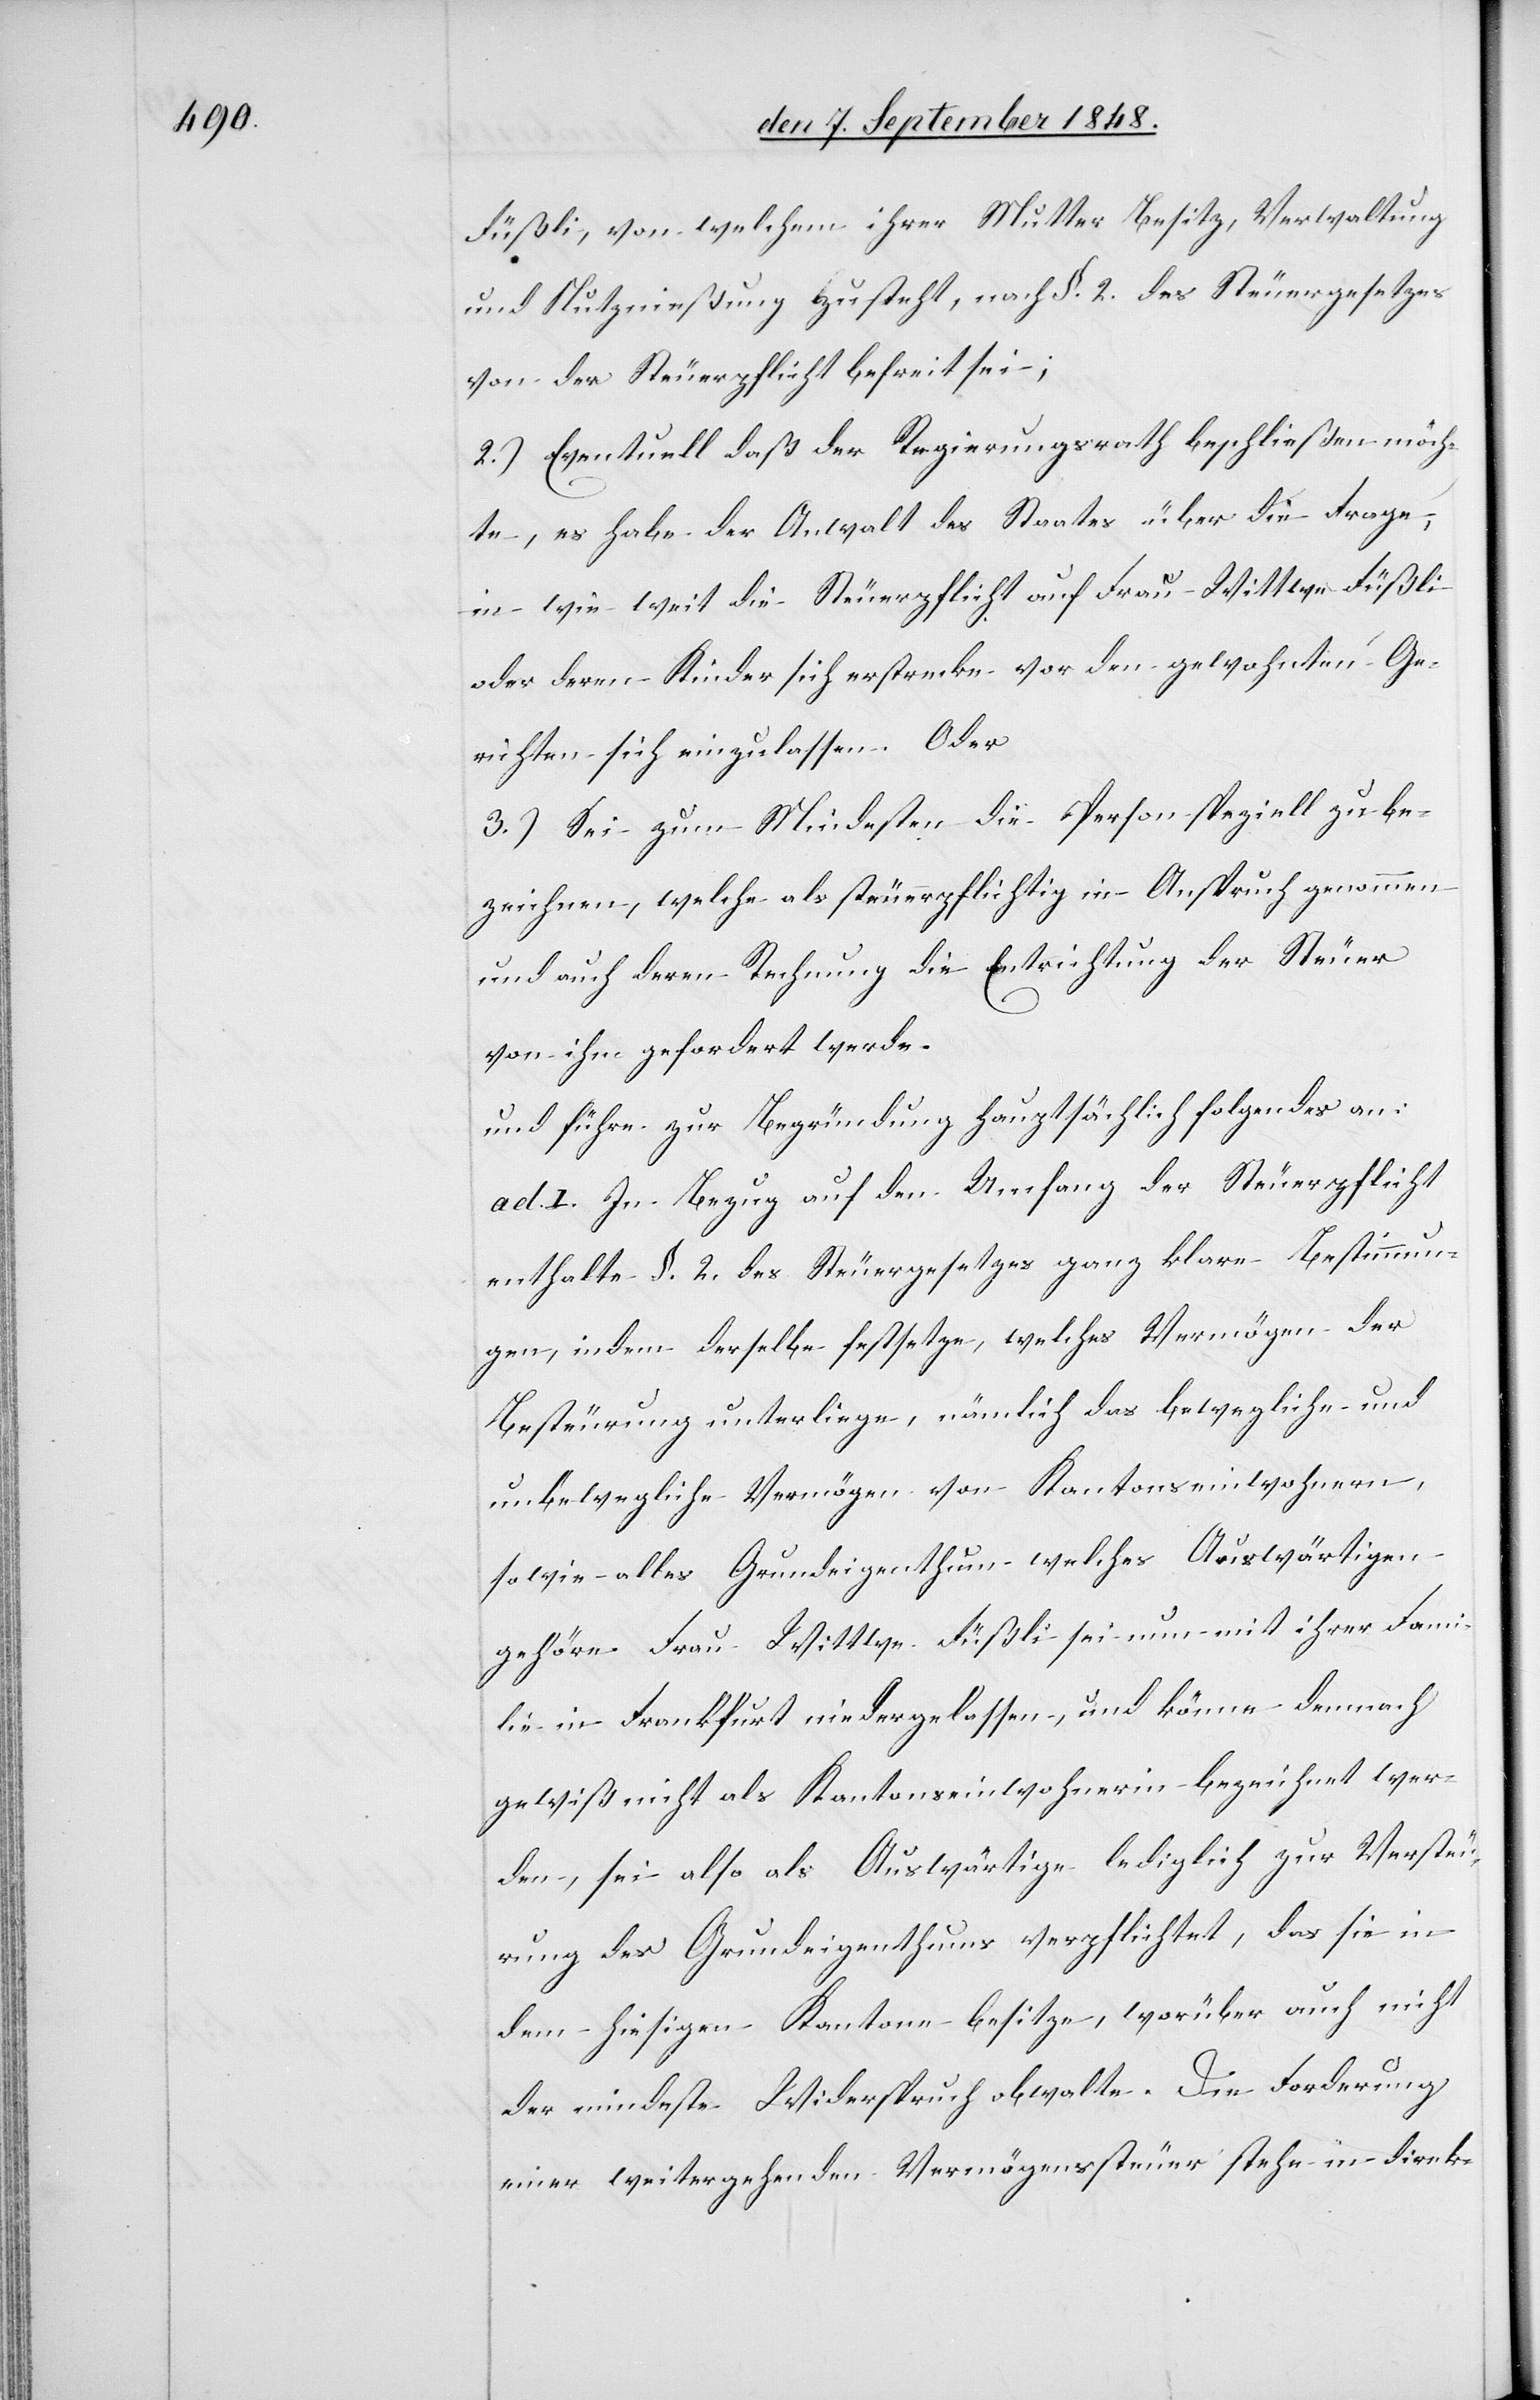
Füßli, von welchem ihrer Mutter Besitz, Verwaltung
und Nutznießung zusteht, nach §. 2. des Steuergesetzes
von der Steuerpflicht befreit sei;
2.) Eventuell daß der Regierungsrath beschließen möch¬
te, es habe der Anwalt des Staates über die Frage,
in wie weit die Steuerpflicht auf Frau Wittwe Füßli
oder deren Kinder sich erstrecken vor den gewohnten Ge¬
richten sich einzulassen. Oder
3.) Sei zum Mindesten die Person speziell zu be¬
zeichnen, welche als steuerpflichtig in Anspruch genommen
und auch deren Rechnung die Entrichtung der Steuer
von ihm gefordert werde.
und führe zur Begründung hauptsächlich folgendes an:
ad I. In Bezug auf den Umfang der Steuerpflicht
enthalte §. 2. des Steuergesetzes ganz klare Bestimmun¬
gen, indem derselbe festsetze, welches Vermögen der
Besteurung unterliege, nämlich das bewegliche und
unbewegliche Vermögen von Kantonseinwohnern,
so wie alles Grundeigenthum welches Auswärtigen
gehöre. Frau Wittwe Füßli sei nun mit ihrer Fami¬
lie in Frankfurt niedergelassen, und könne demnach
gewiß nicht als Kantonseinwohnerin bezeichnet wer¬
den, sei also als Auswärtige lediglich zur Versteu¬
rung des Grundeigenthums verpflichtet, das sie in
dem hiesigen Kantone besitze, worüber auch nicht
der mindeste Widerspruch obwalte. Die Forderung
einer weitergehenden Vermögenssteuer stehe in direk-